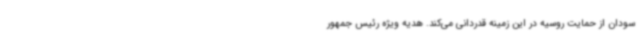
سودان از حمایت روسیه در این زمینه قدردانی می‌کند. هدیه ویژه رئیس جمهور